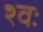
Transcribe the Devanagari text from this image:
श्वः